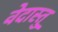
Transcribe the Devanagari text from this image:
वेदास्तु